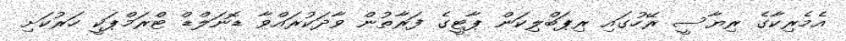
އެމެރިކާގެ ރިޔާސީ ރޭހުގައި ރިޕަބްލިކަން ޕާޓީގެ ފަރާތުން ވާދަކުރައްވާ ޑޮނަލްޑް ޓްރަމްޕަކީ ހަރުކަށި